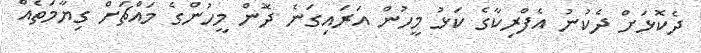
ދެކޮޅަށް ދެކުނު އެފްރިކާގެ ކަޅު މީހުން އަރައިގަނެ ދޮން މީހުންގެ މައްޗަށް ގިޔާމަތެއް